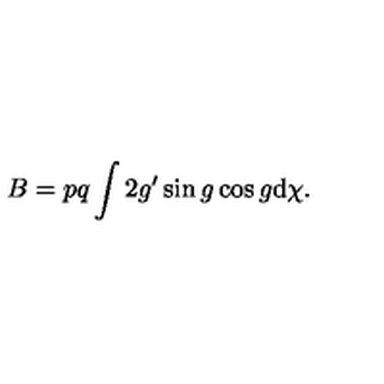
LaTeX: B = p q \int 2 g ^ { \prime } \sin g \cos g \mathrm { d } \chi .